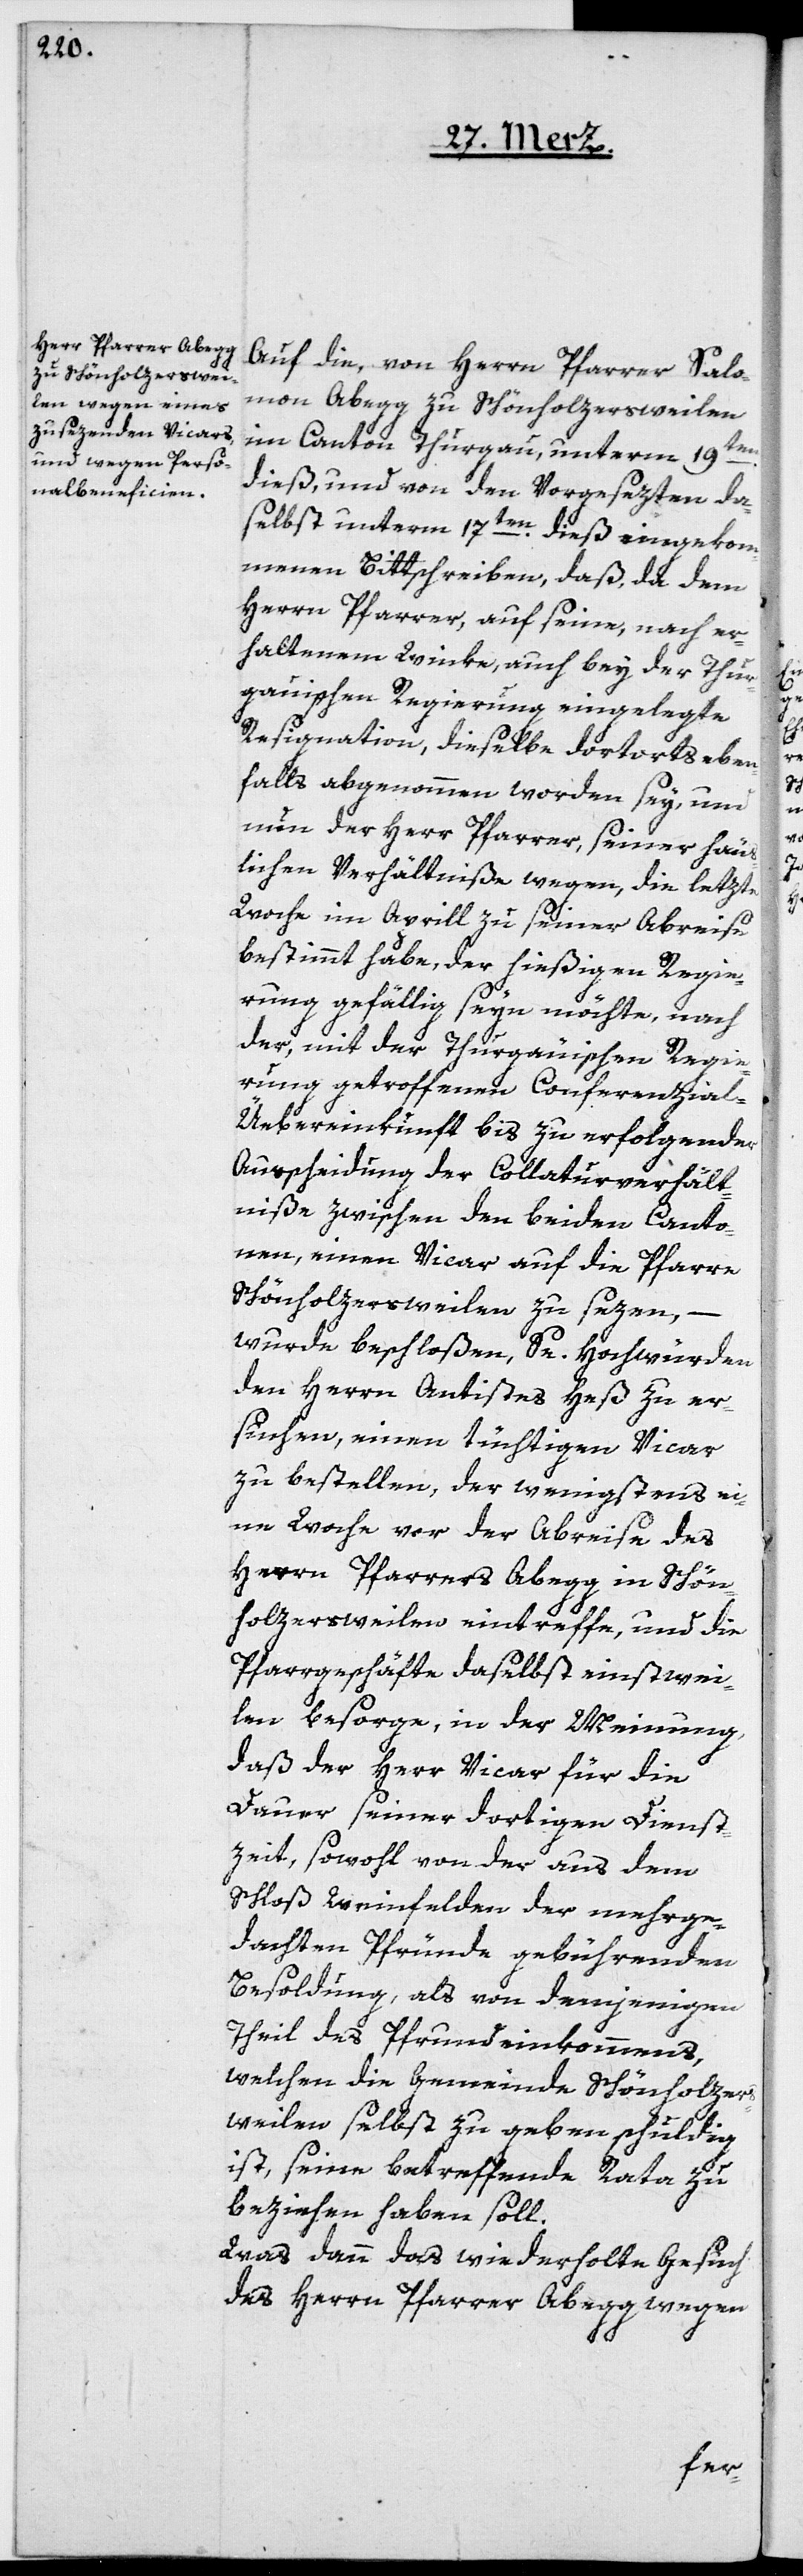
Auf die, von Herrn Pfarrer Salo¬
mon Abegg zu Schönholzersweilen
im Canton Thurgau, unterm 19ten
dieß, und von den Vorgesezten da¬
selbst unterm 17ten dieß eingekom¬
menen Bittschreiben, daß, da dem
Herrn Pfarrer auf seine, nach er¬
haltenem Winke, auch bey der Thur¬
gauischen Regierung eingelegte
Resignation, dieselbe dortorts eben¬
falls abgenommen worden sey, und
nun der Herr Pfarrer, seiner häus¬
lichen Verhältniße wegen, die letzte
Woche im Aprill zu seiner Abreise
bestimmt habe, der hießigen Regie¬
rung gefällig seyn möchte, nach
der, mit der Thurgauischen Regie¬
rung getroffenen Conferenzial-Ü¬
ebereinkunft bis zu erfolgender
Ausscheidung der Collaturverhält¬
niße zwischen den beiden Canto¬
nen, einen Vicar auf die Pfarre
Schönholzersweilen zu sezen,
wurde beschloßen, Se. Hochwürden
den Herrn Antistes Heß zu er¬
suchen, einen tüchtigen Vicar
zu bestellen, der wenigstens ei¬
ne Woche vor der Abreise des
Herrn Pfarrers Abegg in Schön¬
holzersweilen eintreffe, und die
Pfarrgeschäfte daselbst einstwei¬
len besorge, in der Meinung,
daß der Herr Vicar für die
Dauer seiner dortigen Dienst¬
zeit, sowohl von der aus dem
Schloß Weinfelden der mehrge¬
dachten Pfründe gebührenden
Besoldung, als von demjenigen
Theil des Pfrundeinkommens,
welchen die Gemeinde Schönholzers¬
weilen selbst zu geben schuldig
ist, seine betreffende Rata zu
beziehen haben soll.
Was dann das wiederholte Gesuch
des Herrn Pfarrer Abegg wegen